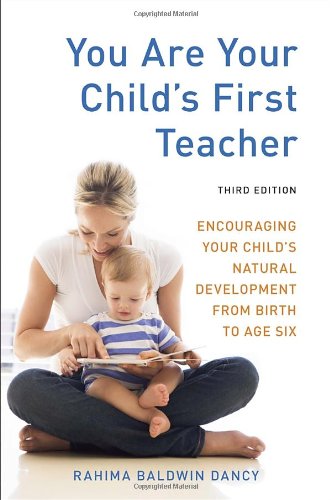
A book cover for You Are Your Child's First Teacher, Third Edition: Encouraging Your Child's Natural Development from Birth to Age Six; Rahima Baldwin Dancy; Parenting & Relationships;